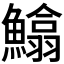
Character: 𩻵